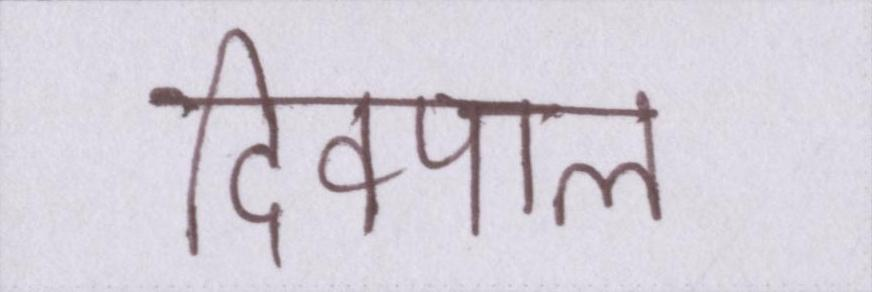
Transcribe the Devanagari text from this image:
दिक्पाल